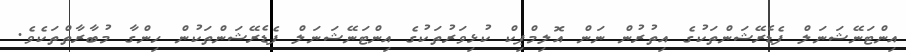
އިންޓަނޭޝަނަލް ފެޑެރޭޝަންތަކުގެ އިތުރުން ނަން އޮލިމްޕިކް ކުޅިވަރުތަކުގެ އިންޓަނޭޝަނަލް ފެޑެރޭޝަންތަކުން ހިންގާ މުބާރާތްތަކެވެ.